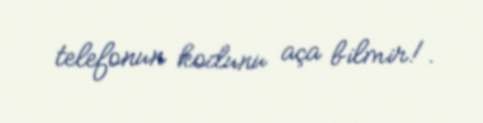
telefonun kodunu aça bilmir!.